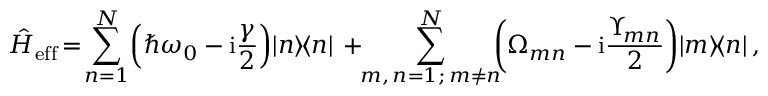
\! \! \hat { H } _ { \mathrm { e f f } } \! = \! \sum _ { n = 1 } ^ { N } \! \left( \hbar \omega _ { 0 } - \mathrm { i } \frac { \gamma } { 2 } \right) \! | n \rangle \! \langle n | \, + \! \! \sum _ { { m , \, n = 1 ; \, m \neq n } } ^ { N } \! \! \! \left( \Omega _ { m n } - \mathrm { i } \frac { \Upsilon _ { \! m n } } { 2 } \right) \! \left| m \rangle \! \langle n \right| ,